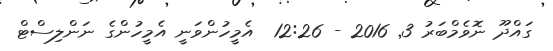
ގައްދޫ ނޮވެމްބަރު 3